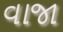
વાજા